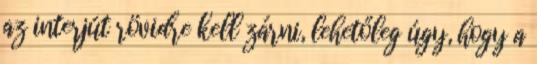
az interjút rövidre kell zárni, lehetőleg úgy, hogy a